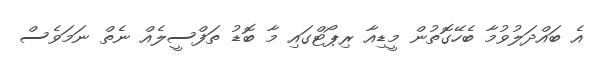
އެ ބައްދަލުވުމާ ބެހޭގޮތުން މީޑިއާ ރިޕޯޓްގައި މާ ބޮޑު ތަފްސީލެއް ނެތް ނަމަވެސް